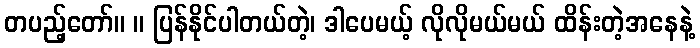
တပည့်တော်။ ။ ပြန်နိုင်ပါတယ်တဲ့၊ ဒါပေမယ့် လိုလိုမယ်မယ် ထိန်းတဲ့အနေနဲ့